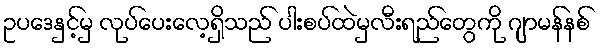
ဥပဒေနှင့်မှ လုပ်ပေးလေ့ရှိသည် ပါးစပ်ထဲမှလီးရည်တွေကို ဂျာမန်နစ်